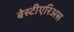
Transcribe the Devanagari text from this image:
बेस्टीएरिअस